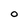
Character: O